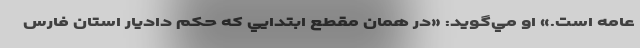
عامه است.» او مي‌گويد: «در همان مقطع ابتدايي كه حكم داديار استان فارس